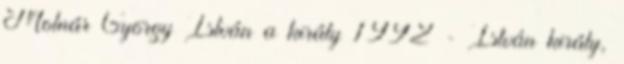
Molnár György István a király 1992 - István király,